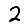
Digit: 2